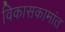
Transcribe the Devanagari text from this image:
विकासकामांत